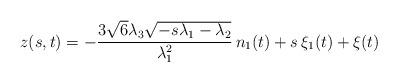
LaTeX: \begin{align*}z(s,t)=-\frac{3 \sqrt{6} \lambda _3\sqrt{-s \lambda _1-\lambda _2}}{\lambda_1^2} \,n_1(t) +s \,\xi_1(t)+\xi(t)\end{align*}